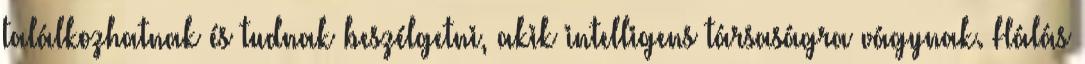
találkozhatnak és tudnak beszélgetni, akik intelligens társaságra vágynak. Hálás